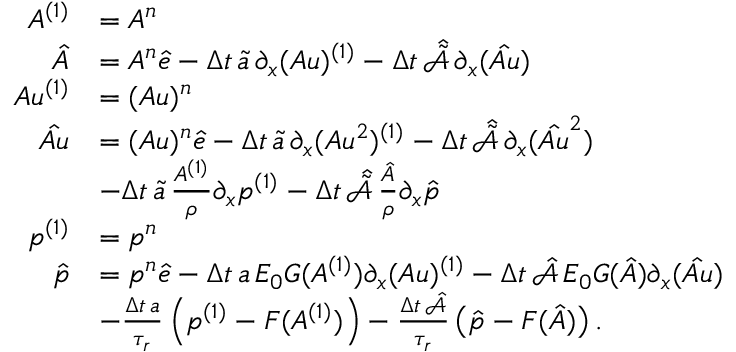
\begin{array} { r l } { A ^ { ( 1 ) } } & { = A ^ { n } } \\ { \boldsymbol { \hat { A } } } & { = A ^ { n } \boldsymbol { \hat { e } } - \Delta t \, \boldsymbol { \tilde { a } } \, \partial _ { x } ( A u ) ^ { ( 1 ) } - \Delta t \, \hat { \tilde { \mathcal { A } } } \, \partial _ { x } ( \boldsymbol { \hat { A u } } ) } \\ { A u ^ { ( 1 ) } } & { = ( A u ) ^ { n } } \\ { \boldsymbol { \hat { A u } } } & { = ( A u ) ^ { n } \boldsymbol { \hat { e } } - \Delta t \, \boldsymbol { \tilde { a } } \, \partial _ { x } ( A u ^ { 2 } ) ^ { ( 1 ) } - \Delta t \, \hat { \tilde { \mathcal { A } } } \, \partial _ { x } ( \boldsymbol { \hat { A u } ^ { 2 } } ) } \\ & { - \Delta t \, \boldsymbol { \tilde { a } } \, \frac { A ^ { ( 1 ) } } { \rho } \partial _ { x } p ^ { ( 1 ) } - \Delta t \, \hat { \tilde { \mathcal { A } } } \, \frac { \boldsymbol { \hat { A } } } { \rho } \partial _ { x } \boldsymbol { \hat { p } } } \\ { p ^ { ( 1 ) } } & { = p ^ { n } } \\ { \boldsymbol { \hat { p } } } & { = p ^ { n } \boldsymbol { \hat { e } } - \Delta t \, \boldsymbol { a } \, E _ { 0 } G ( A ^ { ( 1 ) } ) \partial _ { x } ( A u ) ^ { ( 1 ) } - \Delta t \, \hat { \mathcal { A } } \, E _ { 0 } \boldsymbol { G } ( \boldsymbol { \hat { A } } ) \partial _ { x } ( \boldsymbol { \hat { A u } } ) } \\ & { - \frac { \Delta t \, \boldsymbol { a } } { \tau _ { r } } \left( p ^ { ( 1 ) } - F ( A ^ { ( 1 ) } ) \right) - \frac { \Delta t \, \hat { \mathcal { A } } } { \tau _ { r } } \left( \boldsymbol { \hat { p } } - \boldsymbol { F } ( \boldsymbol { \hat { A } } ) \right) . } \end{array}